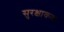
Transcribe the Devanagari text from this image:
सुरक्षाकक्ष